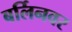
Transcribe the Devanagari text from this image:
बर्लिनवर